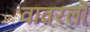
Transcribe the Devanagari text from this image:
वावरलो